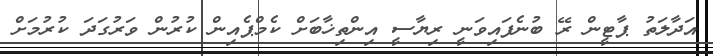
އަދާލަތު ޕާޓީން ރޭ ބުނެފައިވަނީ ރިޔާސީ އިންތިޚާބަށް ކެމްޕެއިން ކުރުން ވަރުގަދަ ކުރުމަށް